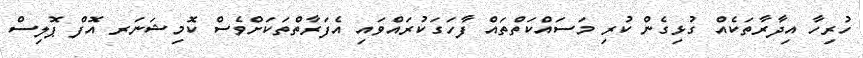
ހުރިހާ އިދާރާތަކެއް ގުޅިގެން ކުރި މަސައްކަތްތައް ފާހަގަކުރައްވައި އެފަރާތްތަކަށްވެސް ކޮމިޝަނަރ އޮފް ޕޮލިސް